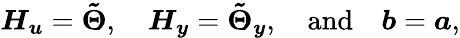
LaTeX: \boldsymbol{H_{u}}=\boldsymbol{\tilde{\Theta}},\quad\boldsymbol{H_{y}}=\boldsymbol{\tilde{\Theta}_{y}},\quad\mathrm{and}\quad\boldsymbol{b}=\boldsymbol{a},